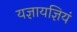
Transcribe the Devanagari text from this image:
यज्ञायज्ञियं